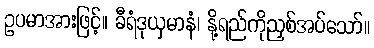
ဥပမာအားဖြင့်။ ခီရံဒုယှမာနံ၊ နို့ရည်ကိုညှစ်အပ်သော်။